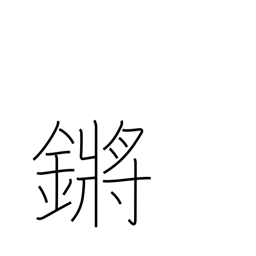
Meaning: tinkling of jade or metal pendants